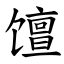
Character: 𫗴